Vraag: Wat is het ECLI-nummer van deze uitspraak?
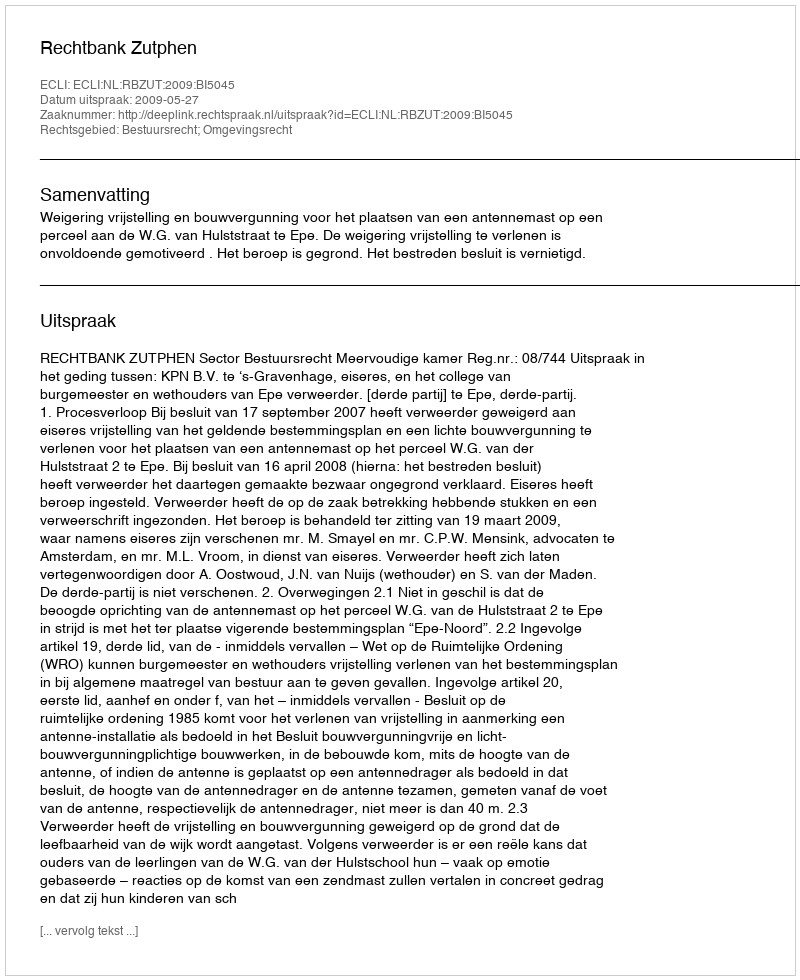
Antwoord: ECLI:NL:RBZUT:2009:BI5045